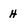
Character: H